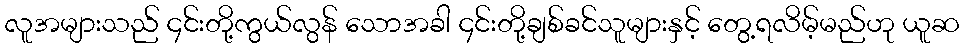
လူအများသည် ၄င်းတို့ကွယ်လွန် သောအခါ ၄င်းတို့ချစ်ခင်သူများနှင့် တွေ့ရလိမ့်မည်ဟု ယူဆ